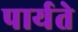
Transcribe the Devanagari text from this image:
पार्यते